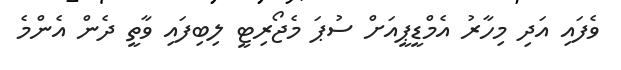
ވެފައި އަދި މިހާރު އެމްޑީޕީއަށް ސުޕަ މެޖޯރިޓީ ލިބިފައި ވާތީ ދެން އެންމެ